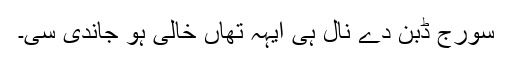
سورج ڈُبن دے نال ہی ایہہ تھاں خالی ہو جاندی سی۔